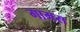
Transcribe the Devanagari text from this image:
गामस